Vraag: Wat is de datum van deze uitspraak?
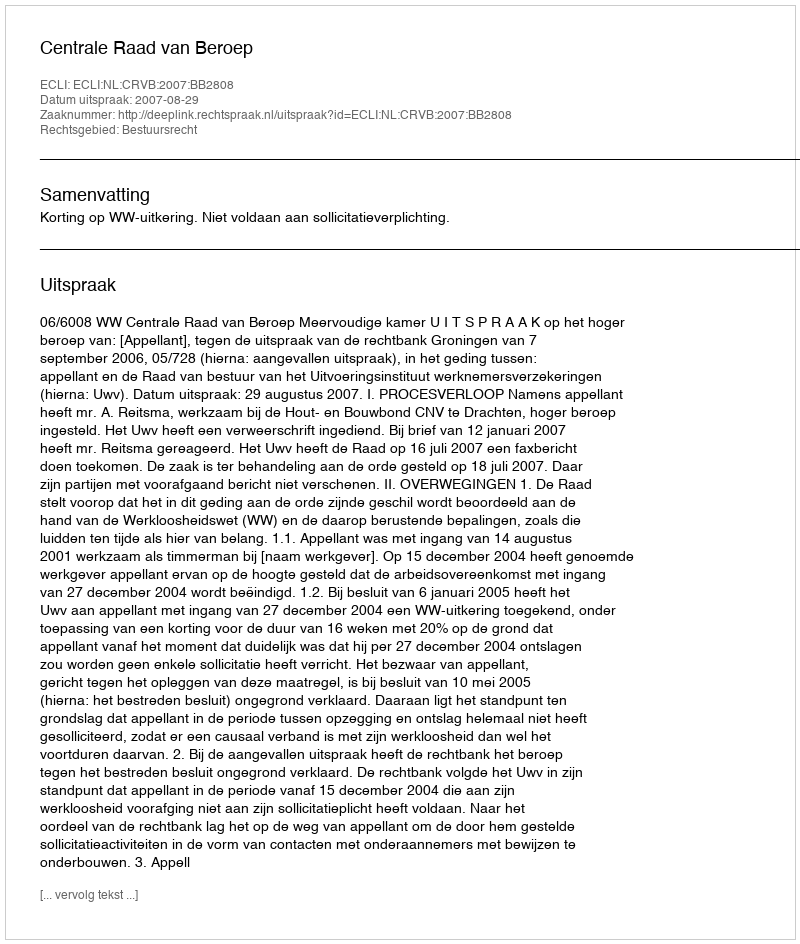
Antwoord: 2007-08-29